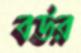
বউর